Tartu_linnavalitsus, lk 19
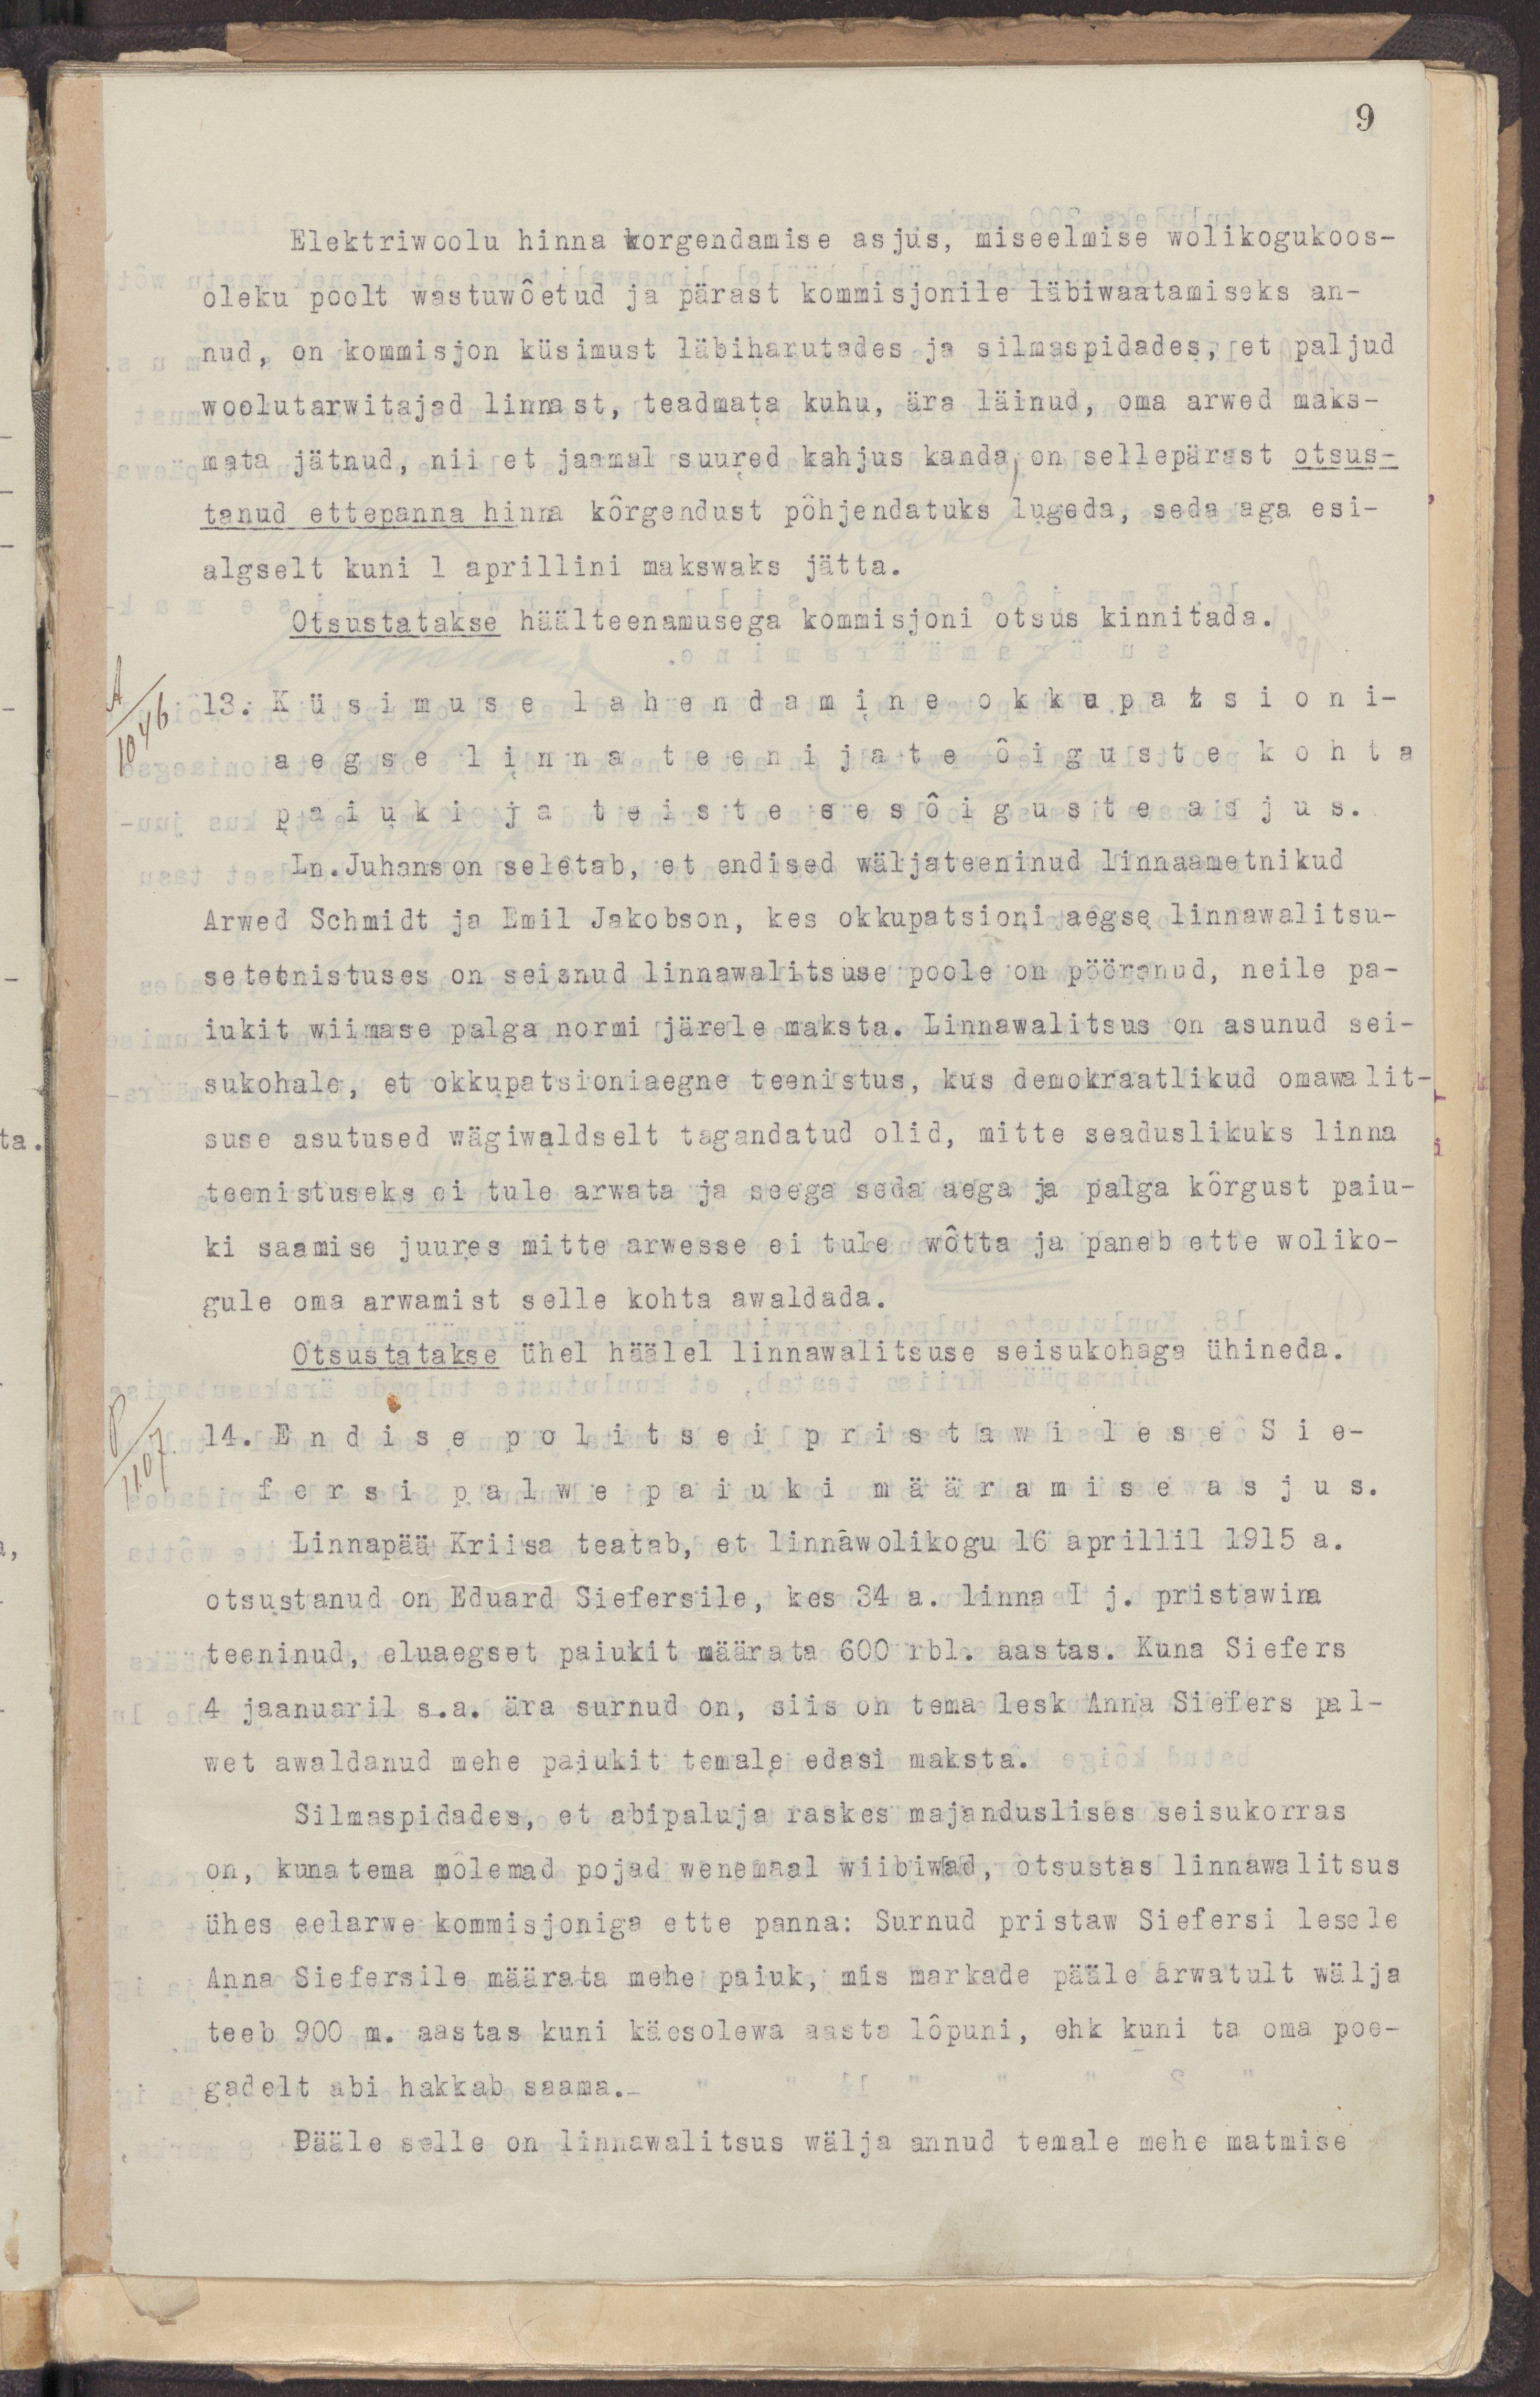
9
Elektriwoolu hinna kõrgendamise asjus, miseelmise wolikogukoos-
oleku poolt wastuwõetud ja pärast kommisjonile läbiwaatamiseks an-
nud, on kommisjon küsimust läbiharutades ja silmaspidades, et paljud
woolutarwitajad linnast, teadmata kuhu, ära läinud, oma arwed maks-
mata jätnud, nii et jaamal suured kahjus kanda on sellepärast otsus-
tanud ettepanna hinna kürgendust põhjendatuks lugeda, seda aga esi-
algselt kuni 1 aprillini makswaks jätta.
Otsustatakse häälteenamusega kommisjoni otsus kinnitada.
13 Küsimuse lahendamine okkupatsioni-
aegse linna teenijate õiguste kohta
paiuki ja teiste eesõiguste asjus.
Ln.Juhanson seletab, et endised wäljateeninud linnaametnikud
Arwed Schmidt ja Emil Jakobson, kes okkupatsioni aegse linnawalitsu-
se teenistuses on seisnud linnawalitsuse poole on pöröanud, neile pa-
iukit wiimase palga normi järele maksta. Linnawalitsus on asunud sei-
sukohale, et okkupatsioniaegne teenistus, kus demokraatlikud omawalit-
suse asutused wägiwaldselt tagandatud olid, mitte seaduslikuks linna
teenistuseks ei tule arwata ja seega seda aega ja palga kõrgust paiu-
ki saamise juures mitte arwesse ei tule wõtta ja paneb ette woliko-
gule oma arwamist selle kohta awaldada.
Otsustatakse ühel häälel linnawalitsuse seisukohada ühineda.
14. Endise politsei pristawi lese Sie-
fersi palwe paiuki määramise asjus.
Linnapää Kriisa teatab, et linnawolikogu 16 aprillil 1915 a.
otsustanud Eduard Siefersile, kes 34 a. linna I j. pristawina
teeninud, eluaegset paiukit määrata 600 rbl. aastas. Kuna Siefers
4 jaanuaril s.a. ära surnud on, siis on tema lesk Anna Siefers pal-
wet awaldanud mehe paiukit temale edasi maksta.
Silmaspidades, et abipaluja raskes majanduslises seisukorras
on, kuna tema mõlemad pojad wenemaal wiibiwad, otsustas linnawalitsus
ühes eelarwe kommisjoniga ette panna: Surnud pristaw Siefersi lesele
Anna Siefersile määrata mehe paiuk, mis markade pääle arwatult wälja
teeb 900 m. aastas kuni käesolewa aasta lõpuni, ehk kuni ta oma poe-
gadelt abi hakkab saama.
Pääle selle on linnawalitsus wälja annud temale mehe matmise